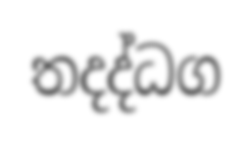
තදද්ධග